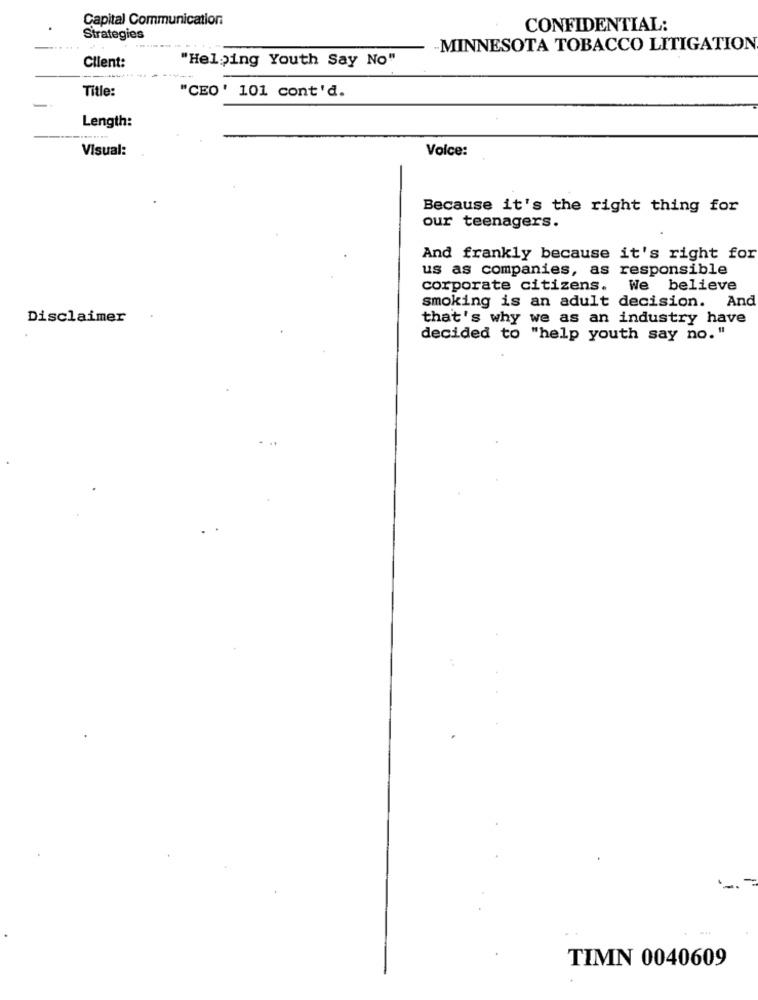
Capital Communication:
CONFIDENTIAL:
Strategies
-MINNESOTA TOBACCO LITIGATION
Client:
"Helping Youth Say No"
Title:
"CEO' 101 cont'd.
Length:
Visual:
Volce:
Because it's the right thing for
our teenagers.
And frankly because it's right for
us as companies, as responsible
corporate citizens. We believe
smoking is an adult decision. And
Disclaimer
that's why we as an industry have
decided to "help youth say no."
-
TIMN 0040609